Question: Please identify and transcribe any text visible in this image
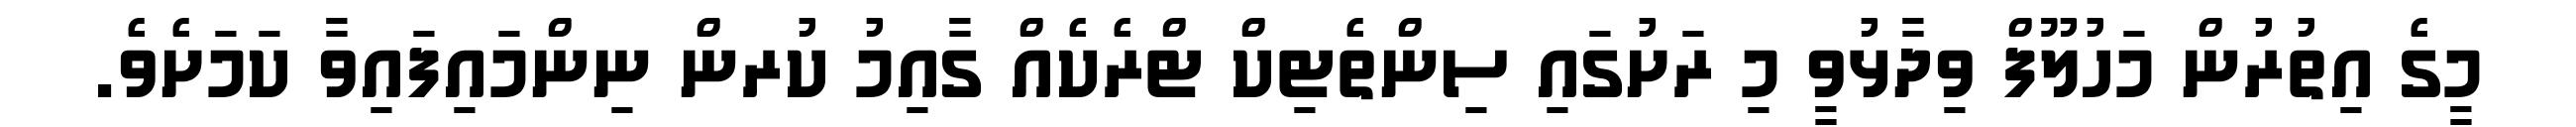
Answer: މީގެ އިތުރުން މަހުލޫފް ވިދާޅުވީ މި ރަށުގައި ސިންތެޓިކް ޓްރެކެއް ގާއިމު ކުރން ނިންމައިފައިވާ ކަމަށެވެ.